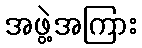
အဖွဲ့အကြား